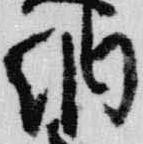
納